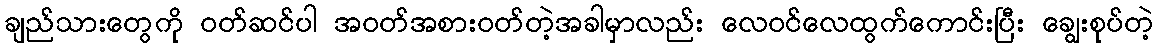
ချည်သားတွေကို ဝတ်ဆင်ပါ အဝတ်အစားဝတ်တဲ့အခါမှာလည်း လေဝင်လေထွက်ကောင်းပြီး ချွေးစုပ်တဲ့